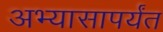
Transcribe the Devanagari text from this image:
अभ्यासापर्यंत